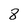
Character: 8